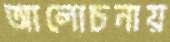
আলোচনায়